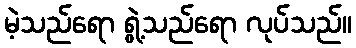
မဲ့သည်ရော ရွဲ့သည်ရော လုပ်သည်။